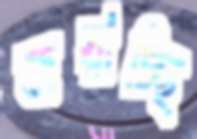
জরাচ্ছি